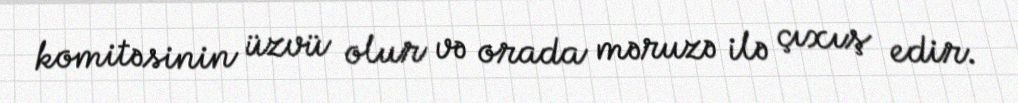
komitəsinin üzvü olur və orada məruzə ilə çıxış edir.